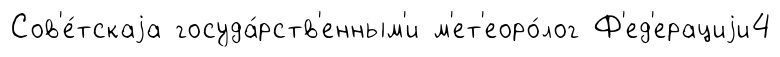
Сов'е́тскаjа госуда́рств'енным'и м'ет'еоро́лог Ф'ед'ерациjи4